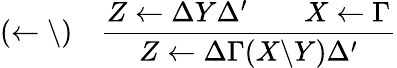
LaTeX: (\leftarrow\backslash)\quad{\frac{Z\leftarrow\Delta Y\Delta^{\prime}\qquad X\leftarrow\Gamma}{Z\leftarrow\Delta\Gamma(X\backslash Y)\Delta^{\prime}}}